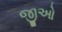
જીઓ